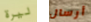
ليرة أرسال